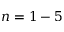
n = 1 - 5